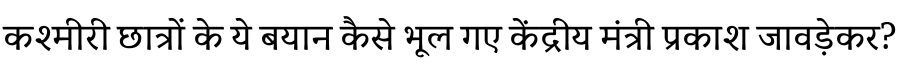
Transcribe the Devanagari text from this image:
कश्मीरी छात्रों के ये बयान कैसे भूल गए केंद्रीय मंत्री प्रकाश जावड़ेकर?